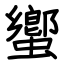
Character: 蠁